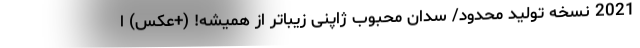
2021 نسخه تولید محدود/ سدان محبوب ژاپنی زیباتر از همیشه! (+عکس) ا